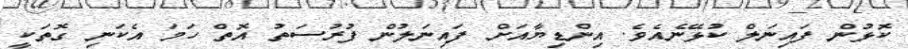
ކޮޅުން ފައިނަލް ކުޅޭނެއެވެ. އިންޑިޔާއަށް ފައިނަލުން ފުރުސަތު އޮތް ހަމަ އެކަނި ގޮތަކީ